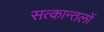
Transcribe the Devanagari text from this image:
सत्कान्तलों